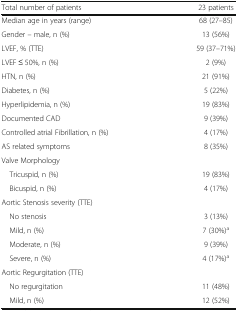
<table><thead><tr><td><b>Total number of patients</b></td><td><b>23 patients</b></td></tr></thead><tbody><tr><td>Median age in years (range)</td><td>68 (27–85)</td></tr><tr><td>Gender – male, n (%)</td><td>13 (56%)</td></tr><tr><td>LVEF, % (TTE)</td><td>59 (37–71%)</td></tr><tr><td>LVEF ≤ 50%, n (%)</td><td>2 (9%)</td></tr><tr><td>HTN, n (%)</td><td>21 (91%)</td></tr><tr><td>Diabetes, n (%)</td><td>5 (22%)</td></tr><tr><td>Hyperlipidemia, n (%)</td><td>19 (83%)</td></tr><tr><td>Documented CAD</td><td>9 (39%)</td></tr><tr><td>Controlled atrial Fibrillation, n (%)</td><td>4 (17%)</td></tr><tr><td>AS related symptoms</td><td>8 (35%)</td></tr><tr><td colspan="2">Valve Morphology</td></tr><tr><td> Tricuspid, n (%)</td><td>19 (83%)</td></tr><tr><td> Bicuspid, n (%)</td><td>4 (17%)</td></tr><tr><td colspan="2">Aortic Stenosis severity (TTE)</td></tr><tr><td> No stenosis</td><td>3 (13%)</td></tr><tr><td> Mild, n (%)</td><td>7 (30%)<sup>a</sup></td></tr><tr><td> Moderate, n (%)</td><td>9 (39%)</td></tr><tr><td> Severe, n (%)</td><td>4 (17%)<sup>a</sup></td></tr><tr><td colspan="2">Aortic Regurgitation (TTE)</td></tr><tr><td> No regurgitation</td><td>11 (48%)</td></tr><tr><td> Mild, n (%)</td><td>12 (52%)</td></tr></tbody></table>